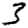
Digit: 3